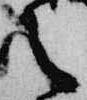
言